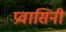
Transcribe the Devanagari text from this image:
प्रवासिनी